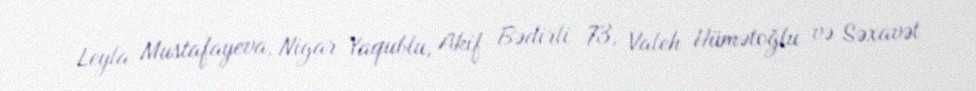
Leyla Mustafayeva, Nigar Yaqublu, Akif Bədirli 73, Valeh Hümətoğlu və Səxavət